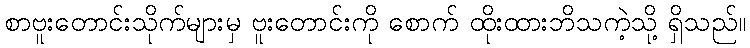
စာဗူးတောင်းသိုက်များမှ ဗူးတောင်းကို စောက် ထိုးထားဘိသကဲ့သို့ ရှိသည်။